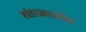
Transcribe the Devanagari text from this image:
खंडाळ्यातील